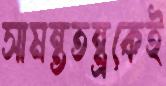
সামন্ততন্ত্রকেই